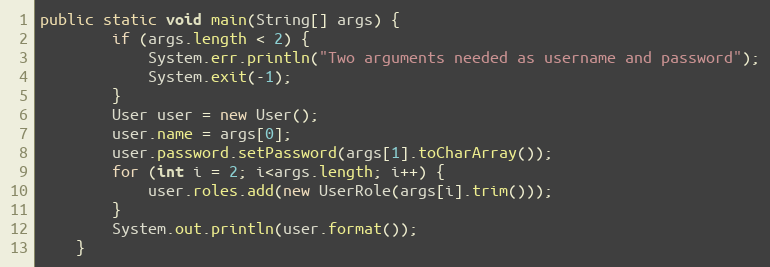
Language: Java
public static void main(String[] args) {
		if (args.length < 2) {
			System.err.println("Two arguments needed as username and password");
			System.exit(-1);
		}
		User user = new User();
		user.name = args[0];
		user.password.setPassword(args[1].toCharArray());
		for (int i = 2; i<args.length; i++) {
			user.roles.add(new UserRole(args[i].trim()));
		}
		System.out.println(user.format());
	}